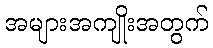
အများအကျိုးအတွက်